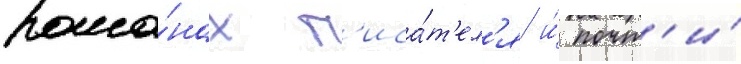
рома́нах п'иса́т'ел'я и́ почт'и́